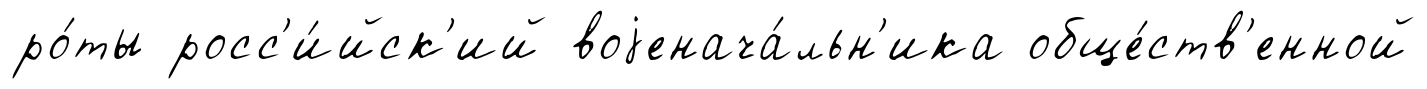
ро́ты росс'и́йск'ий воjенача́льн'ика обще́ств'енной